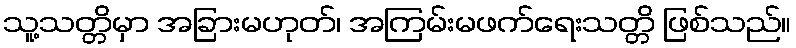
သူ့သတ္တိမှာ အခြားမဟုတ်၊ အကြမ်းမဖက်ရေးသတ္တိ ဖြစ်သည်။